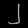
Digit: ၂